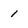
Character: 1